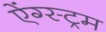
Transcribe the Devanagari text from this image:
ऐंग्स्ट्रम